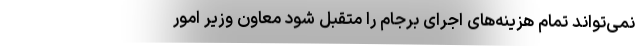
نمی‌تواند تمام هزینه‌های اجرای برجام را متقبل شود معاون وزیر امور